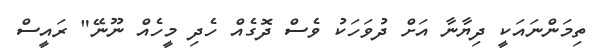
ތިމަންނައަކީ ދިޔާނާ އަށް ދުވަހަކު ވެސް ދޮގެއް ހެދި މީހެއް ނޫނޭ" ރައީސް